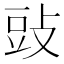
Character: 䜴